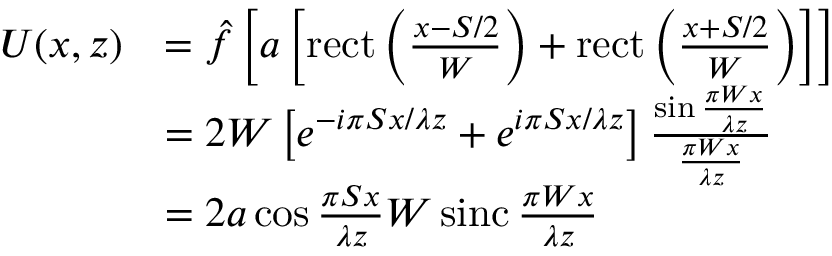
{ \begin{array} { r l } { U ( x , z ) } & { = { \hat { f } } \left[ a \left[ \operatorname { r e c t } \left( { \frac { x - S / 2 } { W } } \right) + \operatorname { r e c t } \left( { \frac { x + S / 2 } { W } } \right) \right] \right] } \\ & { = 2 W \left[ e ^ { - i \pi S x / \lambda z } + e ^ { i \pi S x / \lambda z } \right] { \frac { \sin { \frac { \pi W x } { \lambda z } } } { \frac { \pi W x } { \lambda z } } } } \\ & { = 2 a \cos { \frac { \pi S x } { \lambda z } } W \operatorname { s i n c } { \frac { \pi W x } { \lambda z } } } \end{array} }